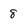
Character: 8